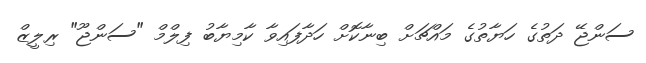
ސަންޖޭ ދަތުގެ ހަޔާތުގެ މައްޗަށް ބިނާކޮށް ހަދާފައިވާ ކާމިޔާބު ފިލްމް "ސަންޖޫ" ރިލީޒް